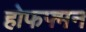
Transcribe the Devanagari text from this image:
होफफ्मन